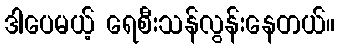
ဒါပေမယ့် ရေစီးသန်လွန်းနေတယ်။